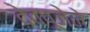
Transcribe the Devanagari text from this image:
देवपूजेने